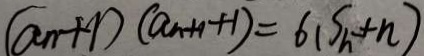
( a n + 1 ) ( a n + 1 + 1 ) = 6 ( S _ { h } + n )